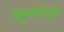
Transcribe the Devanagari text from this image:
बहुभाषाविज्ञता